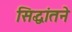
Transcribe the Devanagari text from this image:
सिद्धांतने